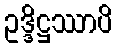
ဥဒ္ဒိဋ္ဌဿာပိ